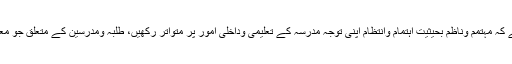
اس تفصیل کے عرض کرنے کا مقصد یہ ہے کہ مہتمم وناظم بحیثیت اہتمام وانتظام اپنی توجہ مدرسہ کے تعلیمی وداخلی اُمور پر متواتر رکھیں، طلبہ ومدرسین کے متعلق جو معروضات پیش کی گئیں ان کو عمل میں لائیں۔